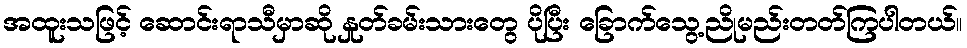
အထူးသဖြင့် ဆောင်းရာသီမှာဆို နှုတ်ခမ်းသားတွေ ပိုပြီး ခြောက်သွေ့ညိုမည်းတတ်ကြပါတယ်။